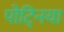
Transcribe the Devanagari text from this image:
पोट्निया